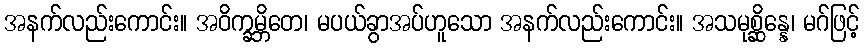
အနက်လည်းကောင်း။ အဝိက္ခမ္ဘိတေ၊ မပယ်ခွာအပ်ဟူသော အနက်လည်းကောင်း။ အသမုစ္ဆိန္နေ၊ မဂ်ဖြင့်